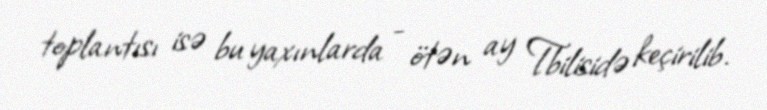
toplantısı isə bu yaxınlarda - ötən ay Tbilisidə keçirilib.